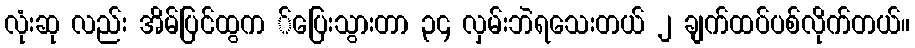
လုံးဆု လည်း အိမ်ပြင်ထွက ်ပြေးသွားတာ ၃၄ လှမ်းဘဲရသေးတယ် ၂ ချက်ထပ်ပစ်လိုက်တယ်။